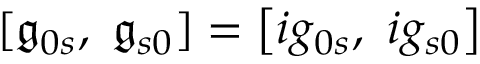
[ { \mathfrak { g } } _ { 0 s } , \ { \mathfrak { g } } _ { s 0 } ] = \left[ i g _ { 0 s } , \ i g _ { s 0 } \right]